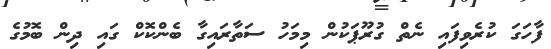
ފާހަގަ ކުރެވިފައި ނެތް ގުރޫޕަކުން މިމަހު ސަތާރައިގާ ބެންކޮކް ގައި ދިން ބޮމުގެ